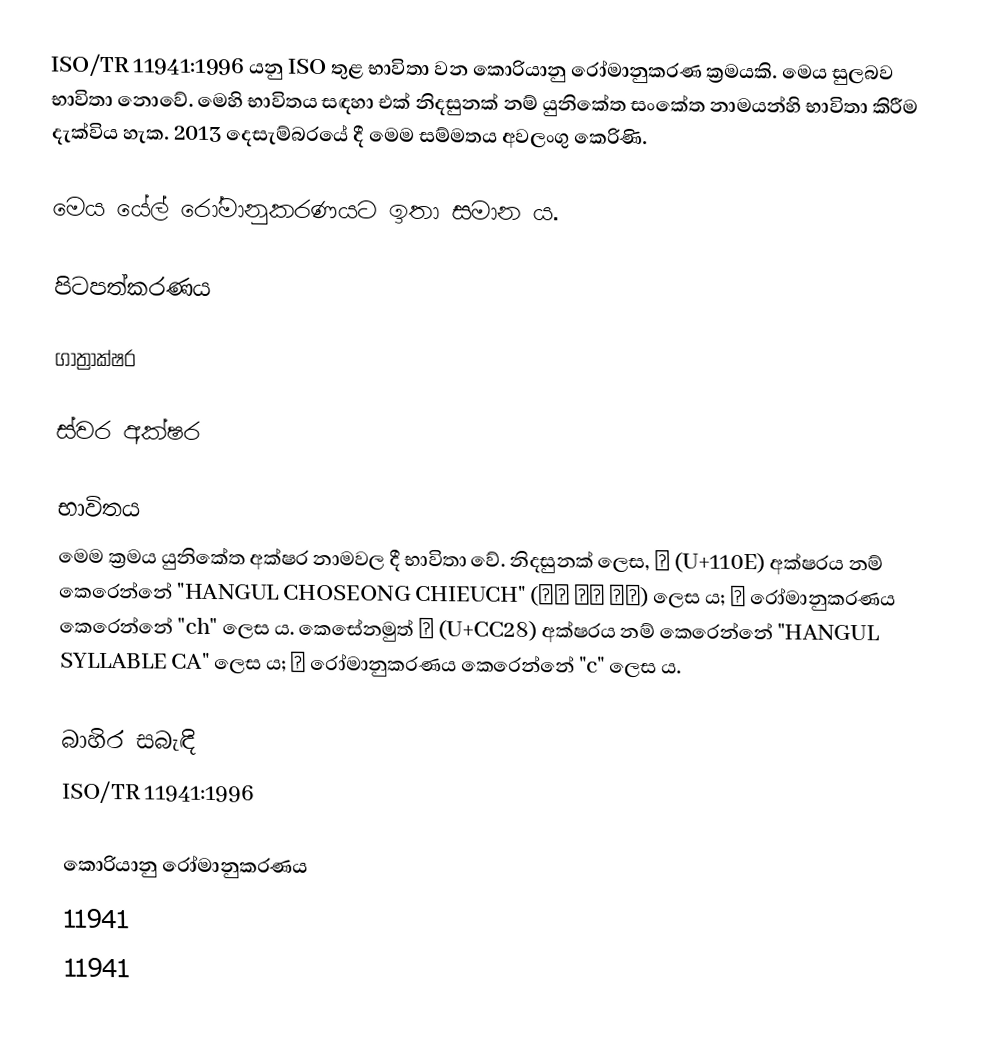
ISO/TR 11941:1996 යනු ISO තුළ භාවිතා වන කොරියානු රෝමානුකරණ ක්‍රමයකි. මෙය සුලබව භාවිතා නොවේ. මෙහි භාවිතය සඳහා එක් නිදසුනක් නම් යුනිකේත සංකේත නාමයන්හි භාවිතා කිරීම දැක්විය හැක. 2013 දෙසැම්බරයේ දී මෙම සම්මතය අවලංගු කෙරිණි.

මෙය යේල් රෝමානුකරණයට ඉතා සමාන ය.

පිටපත්කරණය

ගාත්‍රාක්ෂර

ස්වර අක්ෂර

භාවිතය
මෙම ක්‍රමය යුනිකේත අක්ෂර නාමවල දී භාවිතා වේ. නිදසුනක් ලෙස, ᄎ (U+110E) අක්ෂරය නම් කෙරෙන්නේ "HANGUL CHOSEONG CHIEUCH" (한글 초성 치읓) ලෙස ය; ㅊ රෝමානුකරණය කෙරෙන්නේ "ch" ලෙස ය. කෙසේනමුත් 차 (U+CC28) අක්ෂරය නම් කෙරෙන්නේ "HANGUL SYLLABLE CA" ලෙස ය; ㅊ රෝමානුකරණය කෙරෙන්නේ "c" ලෙස ය.

බාහිර සබැඳි
 ISO/TR 11941:1996

කොරියානු රෝමානුකරණය
11941
11941